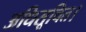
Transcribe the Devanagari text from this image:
अधिसूचित।